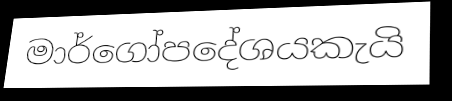
මාර්ගෝපදේශයකැයි